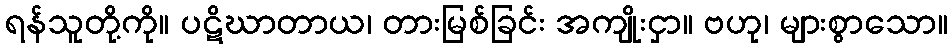
ရန်သူတို့ကို။ ပဋိဃာတာယ၊ တားမြစ်ခြင်း အကျိုးငှာ။ ဗဟု၊ များစွာသော။